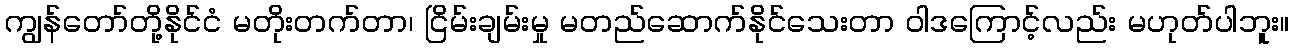
ကျွန်တော်တို့နိုင်ငံ မတိုးတက်တာ၊ ငြိမ်းချမ်းမှု မတည်ဆောက်နိုင်သေးတာ ဝါဒကြောင့်လည်း မဟုတ်ပါဘူး။